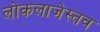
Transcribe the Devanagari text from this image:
लोकलाजेस्तव